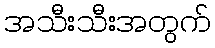
အသီးသီးအတွက်